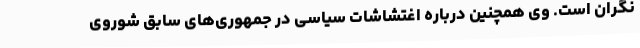
نگران است. وی همچنین درباره اغتشاشات سیاسی در جمهوری‌های سابق شوروی